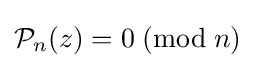
{\mathcal {P}}_{n}(z)=0\;({\mbox{mod}}\;n)